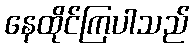
နေထိုင်ကြပါသည်